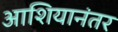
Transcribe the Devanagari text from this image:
आशियानंतर